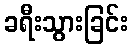
ခရီးသွားခြင်း